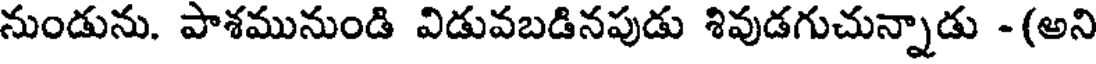
నుండును. పాశమునుండి విడువబడినపుడు శివుడగుచున్నాడు -(అని